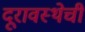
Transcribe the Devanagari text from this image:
दूरावस्थेची